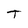
Character: T